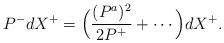
LaTeX: \begin{align*}P^-dX^+ =\Big({(P^a)^2\over 2P^+} + \cdots\Big)dX^+.\end{align*}